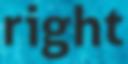
right